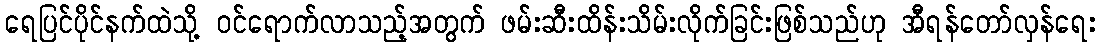
ရေပြင်ပိုင်နက်ထဲသို့ ဝင်ရောက်လာသည့်အတွက် ဖမ်းဆီးထိန်းသိမ်းလိုက်ခြင်းဖြစ်သည်ဟု အီရန်တော်လှန်ရေး